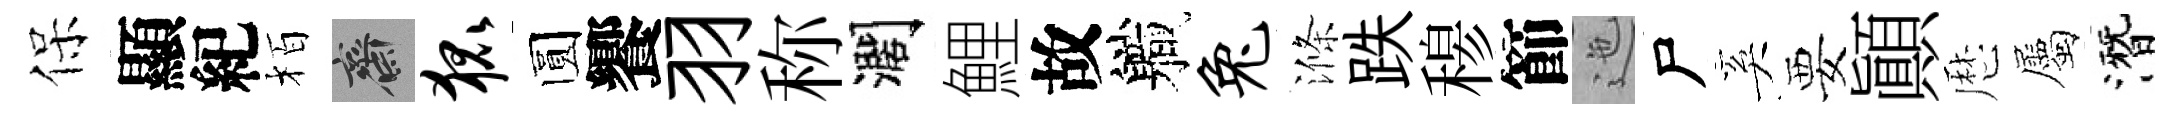
保顯紀栢齋狐圆饗羽称濶鯉故軄兔滌跌𥠇節迤尸奚要顚厯屬潛